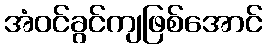
အံဝင်ခွင်ကျဖြစ်အောင်